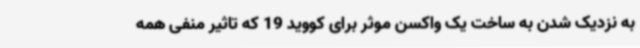
به نزدیک شدن به ساخت یک واکسن موثر برای کووید 19 که تاثیر منفی همه